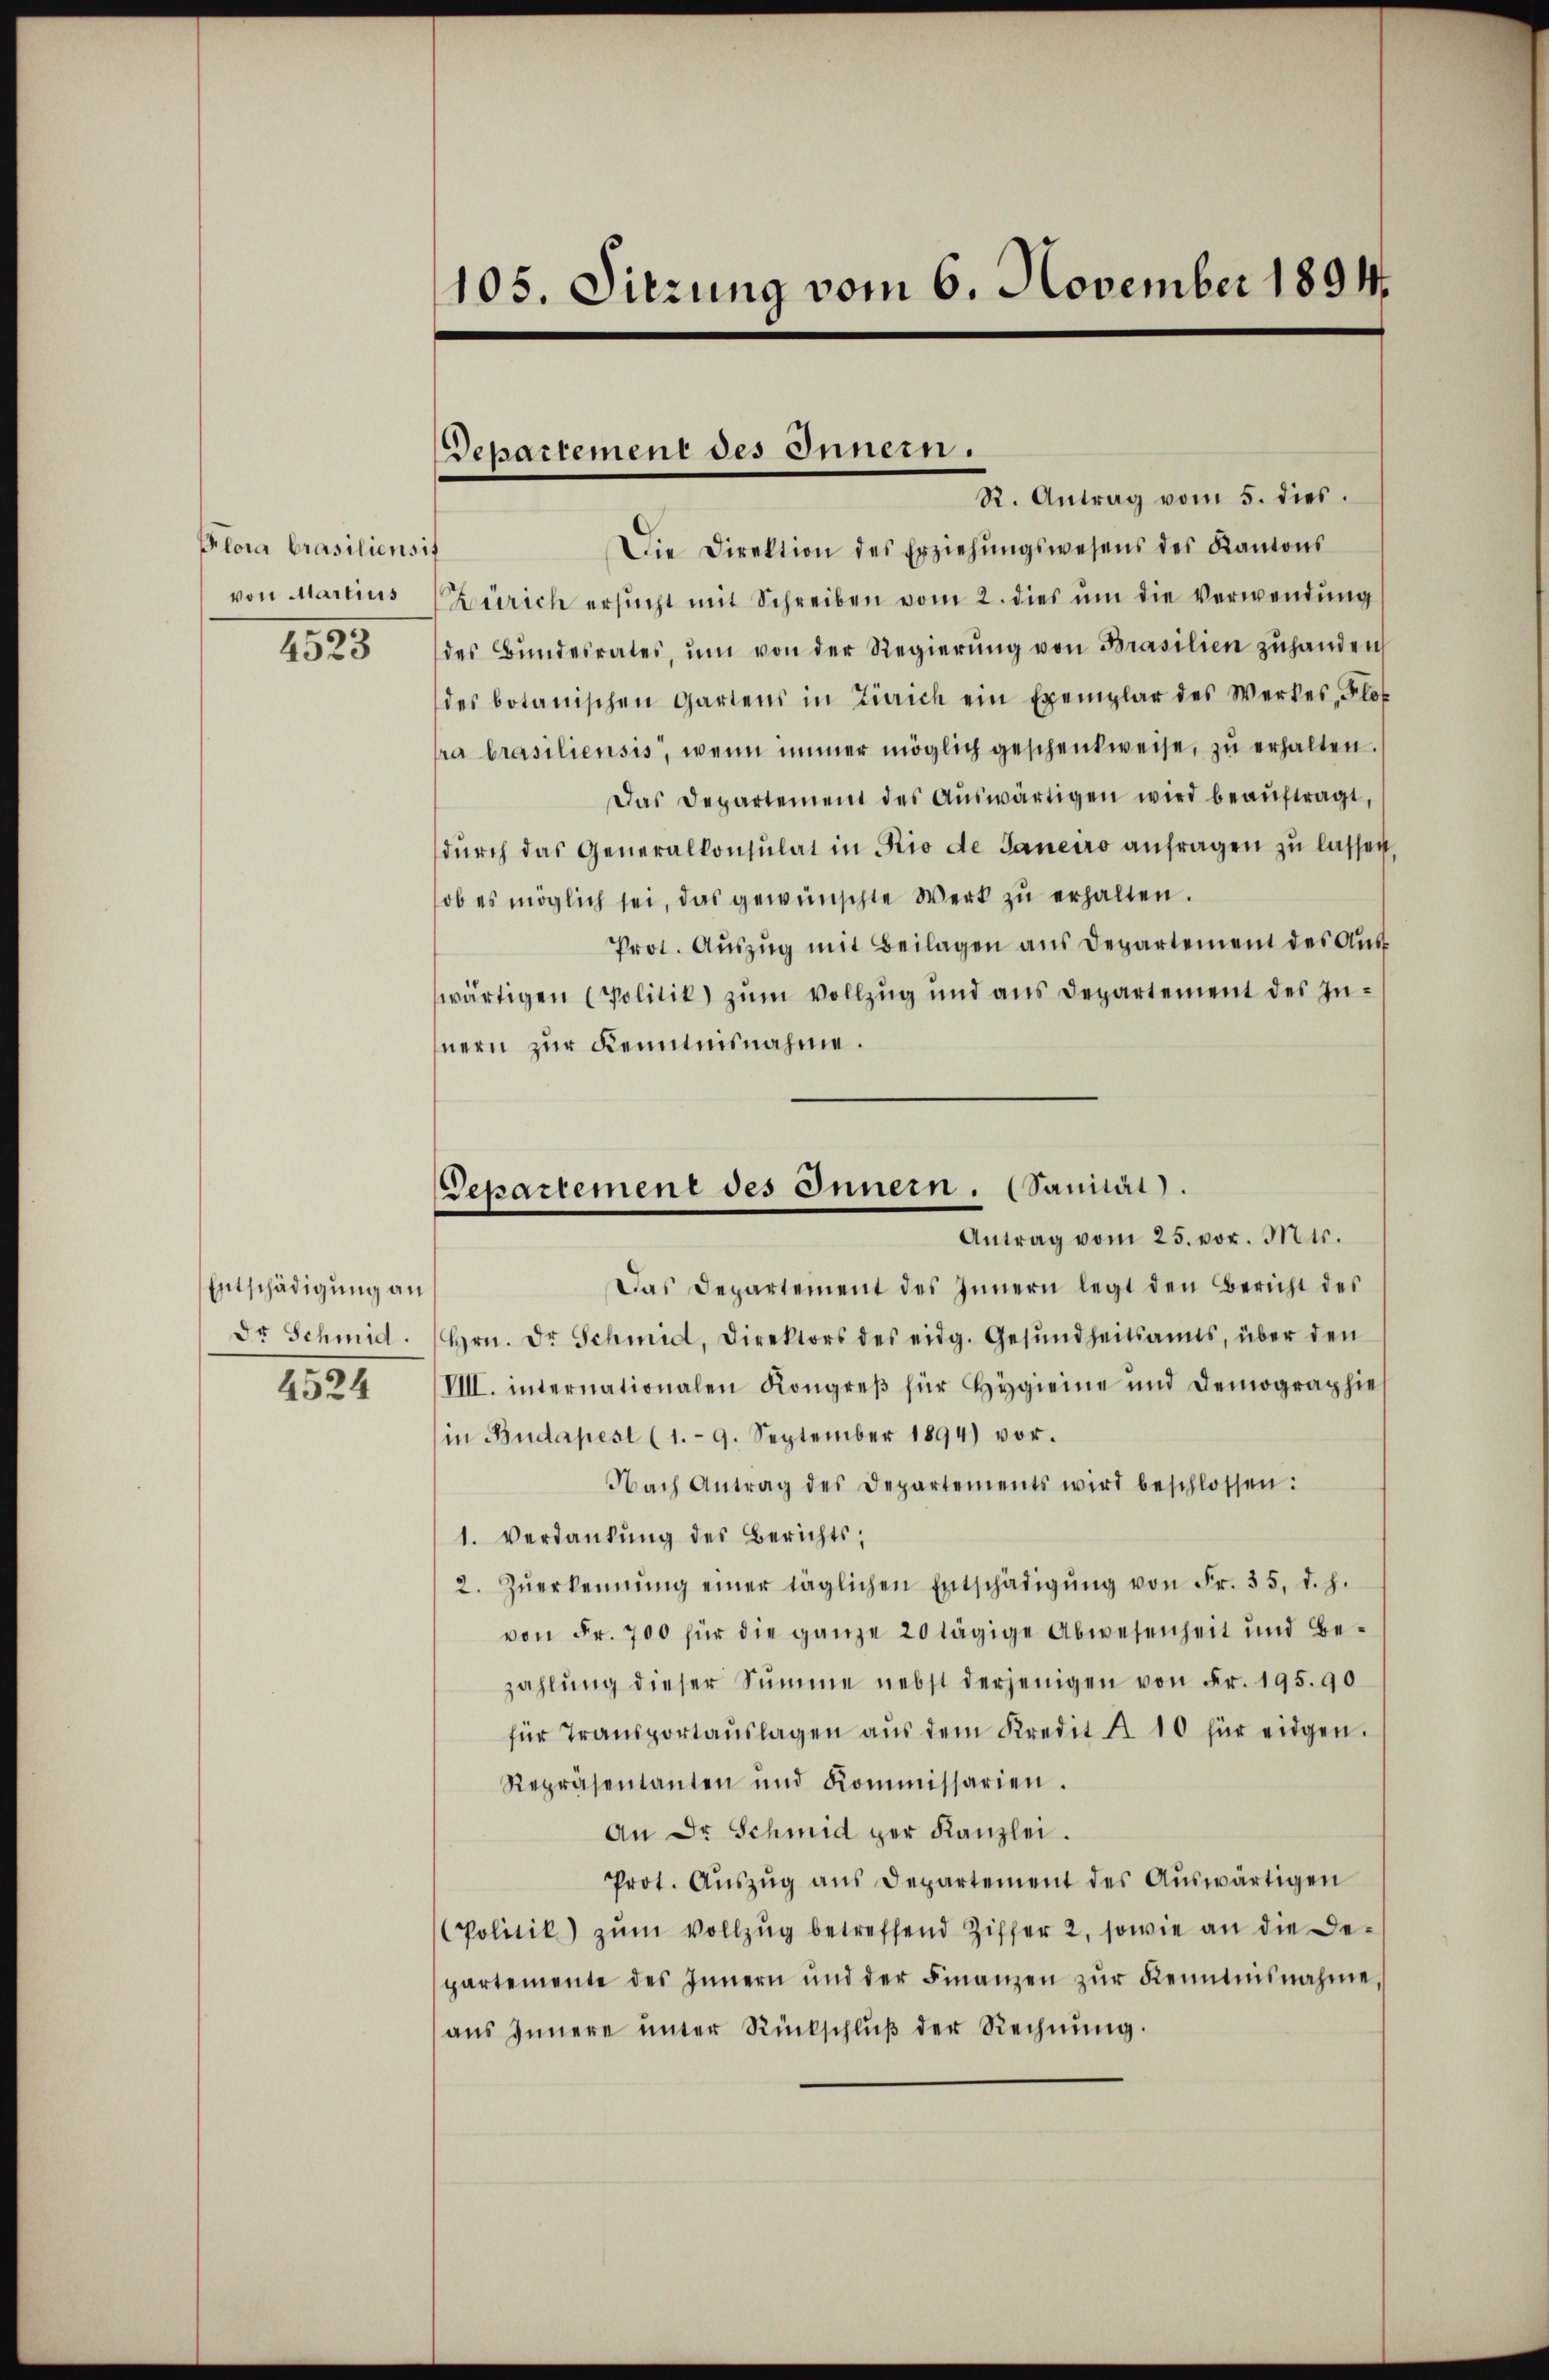
Plora brasiliensit
von Martius
4523

Entschädigung an
dr Schmid.
4524

105. Sitzung vom 6. November 1894.

Departement des Innern.

Departemene des Innern. (Sanität).
Antrag vom 25. vor. Mts.

R. Antrag vom 5. dies.
Die Direktion des Erziehŭngswesens des Kantons
ürich ersŭcht mit Schreiben vom 2. dies um die Verwendung
des Bŭndesrates, ŭm von der Regierŭng von Brasilien zŭhanden
des botanischen Gartens in Zürich ein Exemplar des Werkes, Flof
ra brasiliensis, wenn immer möglich geschenkweise, zŭ erhalten.
Das Departement des Aŭswärtigen wird beaŭftragt,
dŭrch das Generalkonsulat in Rio de Janeiro anfragen zu lassen,
ob es möglich sei, das gewünschte Werk zŭ erhalten.
Prot. Aŭszŭg mit Beilagen aus Departement des Aus
wärtigen (Politik) zum Vollzug und aus Departement des Innern zur Kenntnisnahme.
Das Departement des Innern legt den Bericht des
Hrn. Dr Schmid, Direktors des eidg. Gesŭndheitsamts, über den
VIII. internationalen Kongreß für Hygienne und Demographies
in Budapest (1. 9. September 1894) vor.
Nach Antrag des Departements wird beschlossen:
1. Verdankŭng des Berichts,
2. Zŭerkennung einer täglichen Entschädigŭng von Fr. 35. d. h.
von Fr. 700 für die ganze 20 tägige Abwesenheit und Bezahlŭng dieser Summe nebst derjenigen von Fr. 195. 90
für Transportaŭslagen aŭs dem Kredit A. 10 für eidgen.
Repräsentanten und Kommissarien.
An Dr Schmid per Kanzlei.
Prot. Aŭszŭg ans Departement des Aŭswärtigen
Politik) zŭm Vollzŭg betreffend Ziffer 2, sowie an die Be-
partemente des Innern und der Finanzen zŭr Kenntnisnahme
aŭs Innere ŭnter Rückschlŭβ der Rechnŭng.